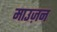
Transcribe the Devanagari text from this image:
माउज़न